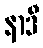
နာဒီ